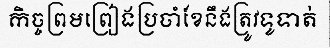
កិច្ចព្រមព្រៀងប្រចាំខែនឹងត្រូវទូទាត់